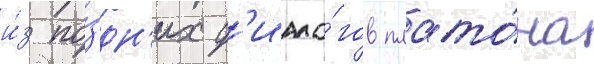
и́з по́здн'их д'иало́гов плато́на